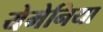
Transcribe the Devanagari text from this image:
येमेनिया